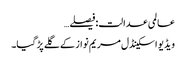
عالمی عدالت:فیصلے…
ویڈیو اسکینڈل مریم نواز کے گلے پڑ گیا۔